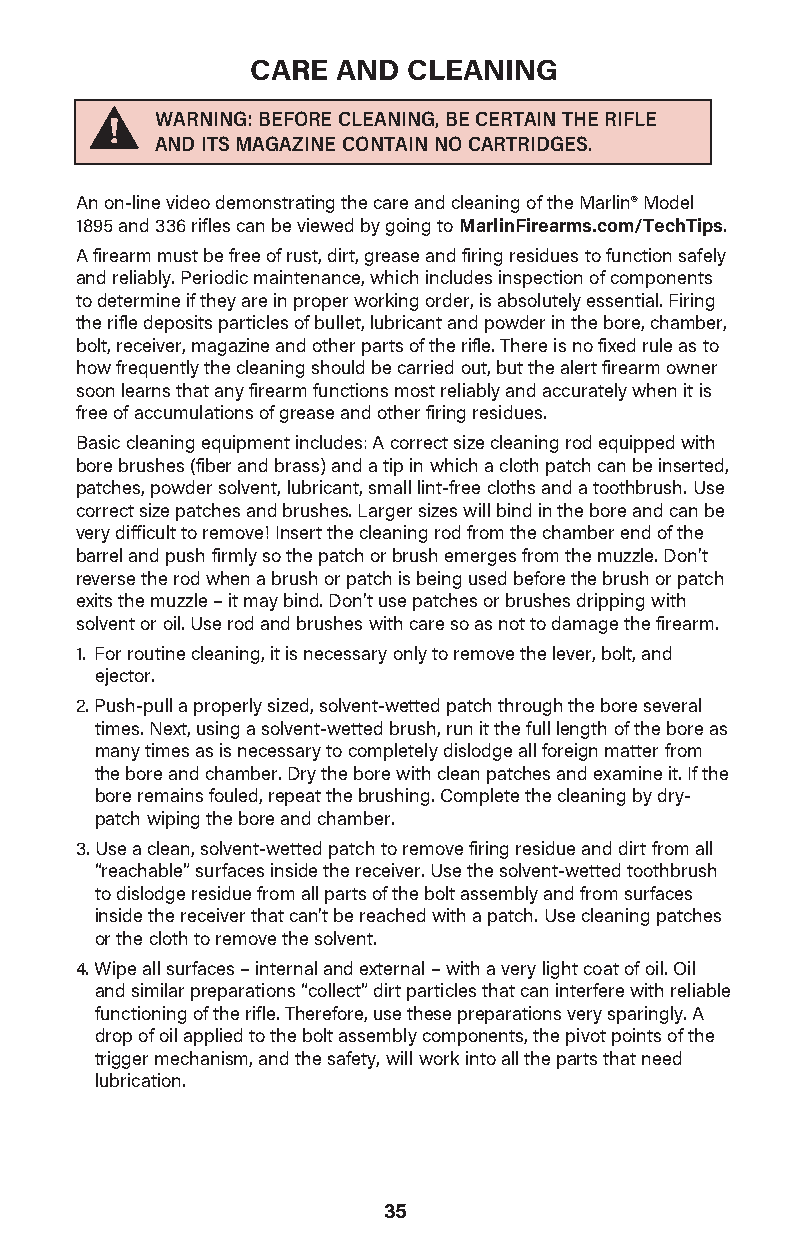
CARE AND  CLEANING
 WARNING: BEFORE CLEANI NG, BE CERTAIN THE RIFLE
 AND ITS MAGAZINE CONTAIN NO CARTRIDGES.
 An on-line video demonstrating the care and cleaning of the Marlin® Model
 1895 and 336 rifles can be viewed by going to MarlinFirearms.com/TechTips.
 A firearm must be free of rust, dirt, grease and firing residues to function safely
 and reliably. Periodic maintenance, which includes inspection of components
 to determine if they are in proper working order, is absolutely essential. Firing
 the rifle deposits particles of bullet, lubricant and powder in the bore, chamber,
 bolt, receiver, magazine and other parts of the rifle. There is no fixed rule as to
 how frequently the cleaning should be carried out, but the alert firearm owner
 soon learns that any firearm functions most reliably and accurately when it is
 free of accumulations of grease and other firing residues.
 Basic cleaning equipment includes: A correct size cleaning rod equipped with
 bore brushes (fiber and brass) and a tip in which a cloth patch can be inserted,
 patches, powder solvent, lubricant, small lint-free cloths and a toothbrush. Use
 correct size patches and brushes. Larger sizes will bind in the bore and can be
 very difficult to remove! Insert the cleaning rod from the chamber end of the
 barrel and push firmly so the patch or brush emerges from the muzzle. Don’t
 reverse the rod when a brush or patch is being used before the brush or patch
 exits the muzzle – it may bind. Don’t use patches or brushes dripping with
 solvent or oil. Use rod and brushes with care so as not to damage the firearm.
 1. For routine cleaning, it is necessary only to remove the lever, bolt, and
 ejector.
 2. Push-pull a properly sized, solvent-wetted patch through the bore several
 times. Next, using a solvent-wetted brush, run it the full length of the bore as
 many times as is necessary to completely dislodge all foreign matter from
 the bore and chamber. Dry the bore with clean patches and examine it. If the
 bore remains fouled, repeat the brushing. Complete the cleaning by dry-
 patch wiping the bore and chamber.
 3.Use a clean, solvent-wetted patch to remove firing residue and dirt from all
 “reachable” surfaces inside the receiver. Use the solvent-wetted toothbrush
 to dislodge residue from all parts of the bolt assembly and from surfaces
 inside the receiver that can’t be reached with a patch. Use cleaning patches
 or the cloth to remove the solvent.
 4. Wipe all surfaces – internal and external – with a very light coat of oil. Oil
 and similar preparations “collect” dirt particles that can interfere with reliable
 functioning of the rifle. Therefore, use these preparations very sparingly. A
 drop of oil applied to the bolt assembly components, the pivot points of the
 trigger mechanism, and the safety, will work into all the parts that need
 lubrication.
 35